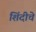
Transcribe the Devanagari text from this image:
शिंदीचे